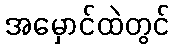
အမှောင်ထဲတွင်